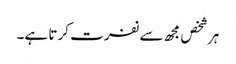
ہر شخص مجھ سے نفرت کرتا ہے۔